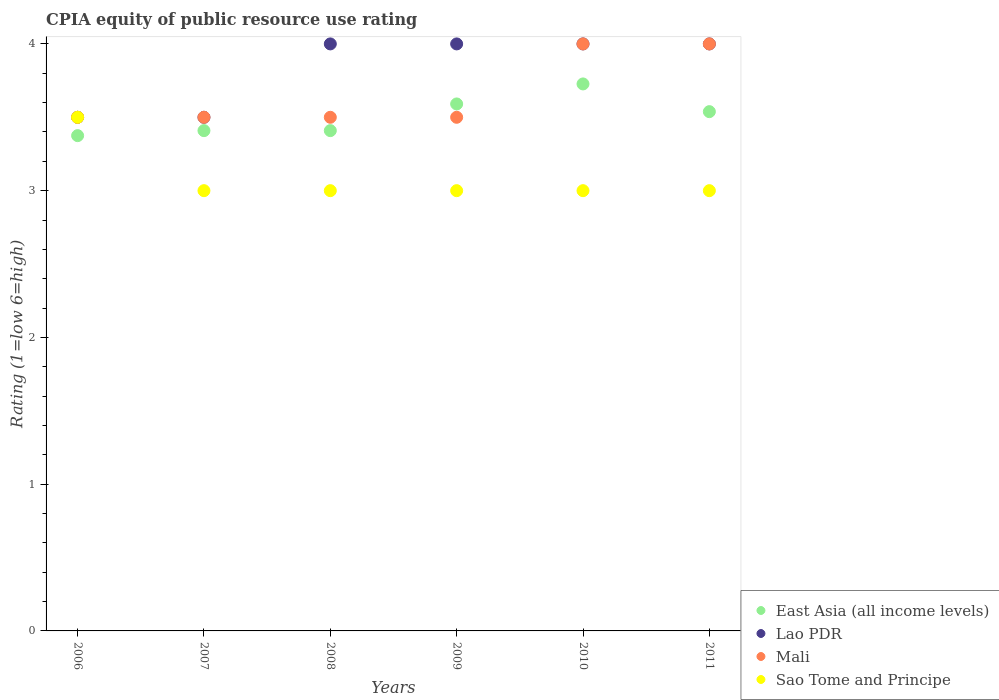
| Years | East Asia (all income levels) | Lao PDR | Mali | Sao Tome and Principe |
 | --- | --- | --- | --- | --- |
 | 2006 | 3.38 | 3.5 | 3.5 | 3.5 |
 | 2007 | 3.41 | 3.5 | 3.5 | 3 |
 | 2008 | 3.41 | 4 | 3.5 | 3 |
 | 2009 | 3.59 | 4 | 3.5 | 3 |
 | 2010 | 3.73 | 4 | 4 | 3 |
 | 2011 | 3.54 | 4 | 4 | 3 |